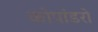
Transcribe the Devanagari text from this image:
कोपांडरो